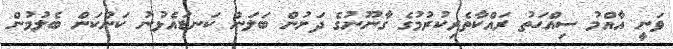
ވަނީ އާއްމު ސިއްޙަތު ރައްކާތެރިކުރުމުގެ ގާނޫނުގެ ދަށުން ބަލަން ކަނޑައެޅުނު ކަންކަން ބެލުމުން